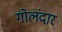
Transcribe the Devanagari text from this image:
गोलंदार